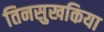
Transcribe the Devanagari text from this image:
तिनसुखकिया